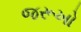
જરૂખો